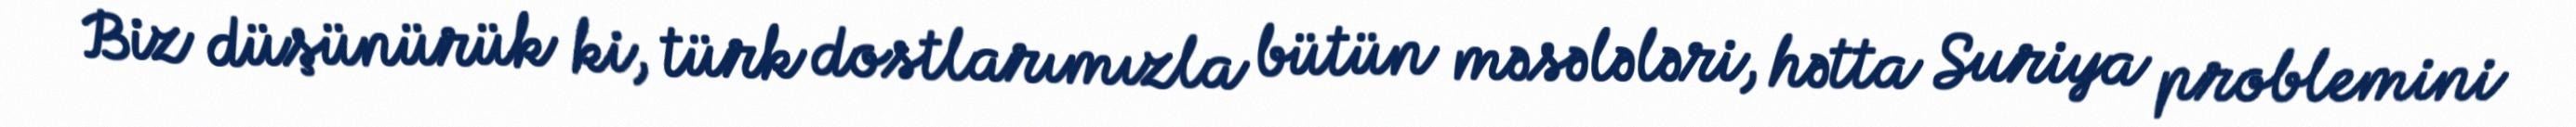
Biz düşünürük ki, türk dostlarımızla bütün məsələləri, hətta Suriya problemini